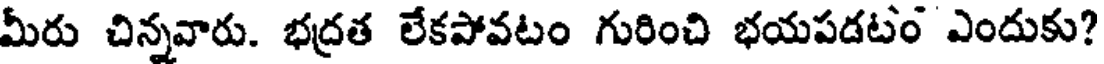
మీరు చిన్నవారు. భద్రత లేకపోవటం గురించి భయపడటం ఎందుకు?